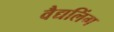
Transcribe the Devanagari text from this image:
वैद्यलिंग